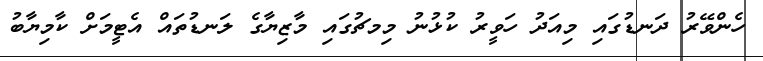
ހެންވޭރު ދަނޑުގައި މިއަދު ހަވީރު ކުޅުނު މިމޗުގައި މާޒިޔާގެ ލަނޑުތައް އެޓީމަށް ކާމިޔާބު